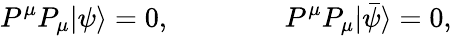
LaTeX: P^{\mu}P_{\mu}|\psi\rangle=0,\qquad\qquad P^{\mu}P_{\mu}|\bar{\psi}\rangle=0,